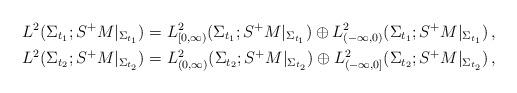
LaTeX: \begin{align*}L^2(\Sigma_{t_1};S^+M|_{\Sigma_{t_1}}) &= L^2_{[0,\infty)}(\Sigma_{t_1};S^+M|_{\Sigma_{t_1}}) \oplus L^2_{(-\infty,0)}(\Sigma_{t_1};S^+M|_{\Sigma_{t_1}}) \, , \\L^2(\Sigma_{t_2};S^+M|_{\Sigma_{t_2}}) &= L^2_{(0,\infty)}(\Sigma_{t_2};S^+M|_{\Sigma_{t_2}}) \oplus L^2_{(-\infty,0]}(\Sigma_{t_2};S^+M|_{\Sigma_{t_2}}) \, , \end{align*}